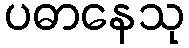
ပဓာနေသု